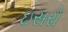
ઇસરો